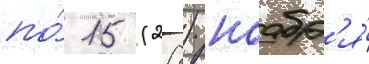
по́ 15 (28) ноабр'я́